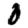
Digit: 0